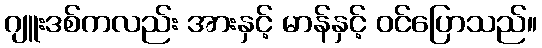
ဂျူးဒစ်ကလည်း အားနှင့် မာန်နှင့် ဝင်ပြောသည်။